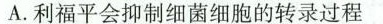
A.利福平会抑制细菌细胞的转录过程